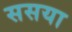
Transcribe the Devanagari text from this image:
ससया